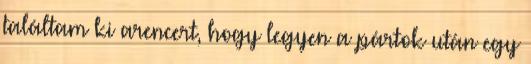
találtam ki arencert, hogy legyen a pártok után egy